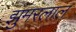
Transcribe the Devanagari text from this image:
झुमरलाल